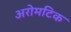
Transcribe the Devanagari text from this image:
अरोमटिक